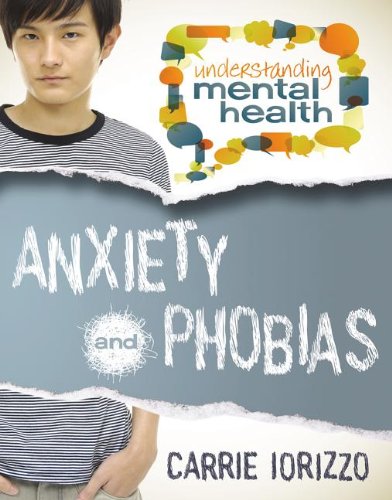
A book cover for Anxiety and Phobias (Understanding Mental Health); Carrie Iorizzo; Teen & Young Adult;